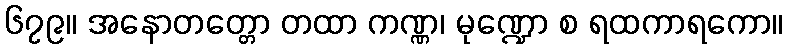
၆၇၉။ အနောတတ္တော တထာ ကဏ္ဏ၊ မုဏ္ဍော စ ရထကာရကော။